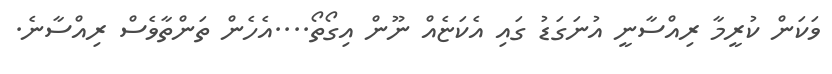
ވަކަން ކުރީމާ ރިއްސާނީ އުނަގަޑު ގައި އެކަޏެއް ނޫން އިގޯތޯ....އެހެން ތަންތާވެސް ރިއްސާނެ.